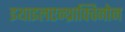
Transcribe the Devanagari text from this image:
इथाइलएन्थ्राक्विनोन